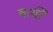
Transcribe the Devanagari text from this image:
कर्थी